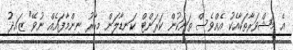
އެ މަޝްވަރާތަކާއެކު އެއްވެސް ތަނަކުން ކަރަންޓް ކަނޑާލަން މިހާރު ނިންމާފައެއް ނުވޭ" ޒައިދު